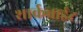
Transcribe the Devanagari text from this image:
शार्कबाईट